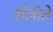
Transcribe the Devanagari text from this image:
सँजोते